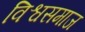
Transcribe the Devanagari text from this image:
विश्वसमाज